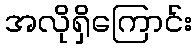
အလိုရှိကြောင်း